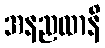
အနညထာနိ